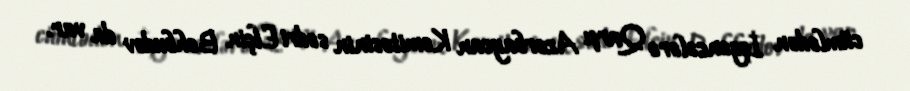
cümlədən İşgəncələrə Qarşı Azərbaycan Komitəsinin sədri Elçin Behbudov da var.